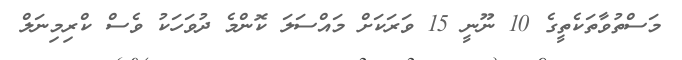
މަސްތުވާތަކެތީގެ 10 ނޫނީ 15 ވަރަކަށް މައްސަލަ ކޮންމެ ދުވަހަކު ވެސް ކްރިމިނަލް